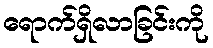
ရောက်ရှိလာခြင်းကို